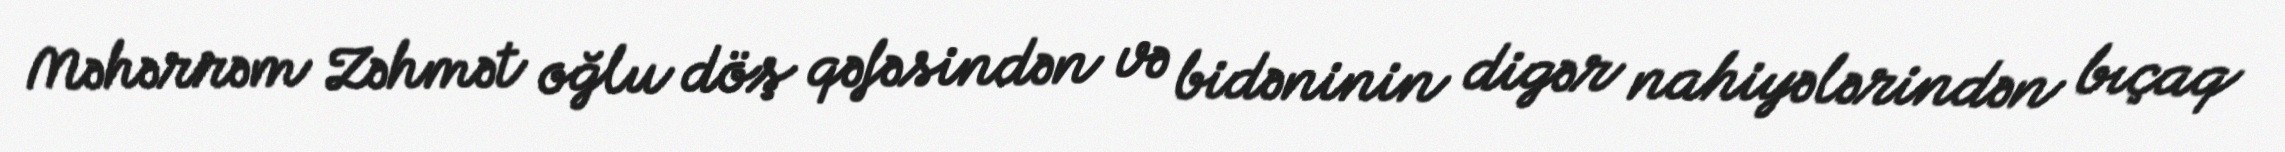
Məhərrəm Zəhmət oğlu döş qəfəsindən və bidəninin digər nahiyələrindən bıçaq